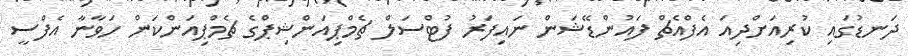
ދަނޑުގައި ކުރިއަށްދިއަ އެފްއެޗް ފައުންޑޭޝަން ނައިފަރު ފުޓްސަލް ޗެމްޕިއަންޝިޕްގެ ޗެމްޕިއަންކަން ހަވާނާ އެފްސީ